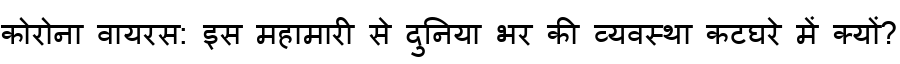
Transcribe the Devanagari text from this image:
कोरोना वायरस: इस महामारी से दुनिया भर की व्यवस्था कटघरे में क्यों?